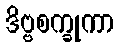
ဒိဗ္ဗစက္ခုကာ